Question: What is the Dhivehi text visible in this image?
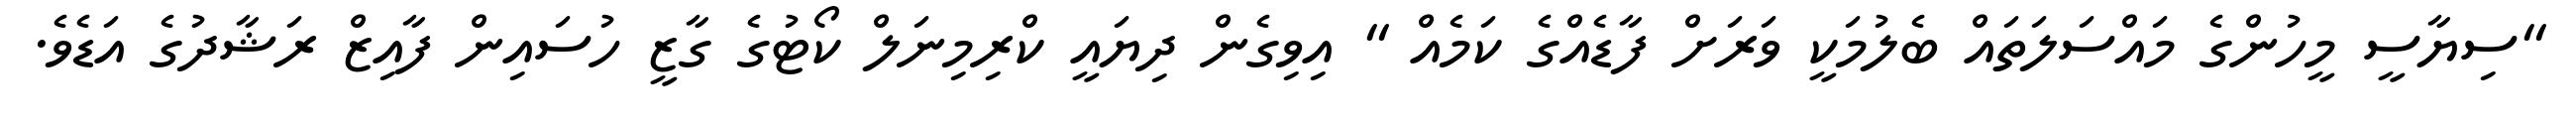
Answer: "ސިޔާސީ މީހުންގެ މައްސަލަތައް ބެލުމަކީ ވަރަށް ފާޑެއްގެ ކަމެއް " އިވިގެން ދިޔައީ ކްރިމިނަލް ކޯޓުގެ ގާޒީ ހުސައިން ފާއިޒް ރަޝާދުގެ އަޑެވެ.